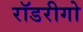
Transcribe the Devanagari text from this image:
रॉडरीगो